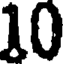
10